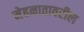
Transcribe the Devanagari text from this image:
मेहनातावरील